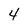
Character: 4